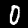
Label: 0